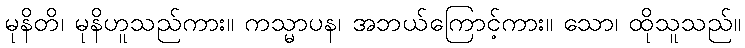
မုနိတိ၊ မုနိဟူသည်ကား။ ကသ္မာပန၊ အဘယ်ကြောင့်ကား။ သော၊ ထိုသူသည်။